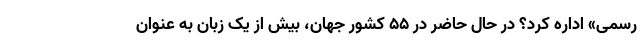
رسمی» اداره کرد؟ در حال حاضر در ۵۵ کشور جهان، بیش از یک زبان به عنوان